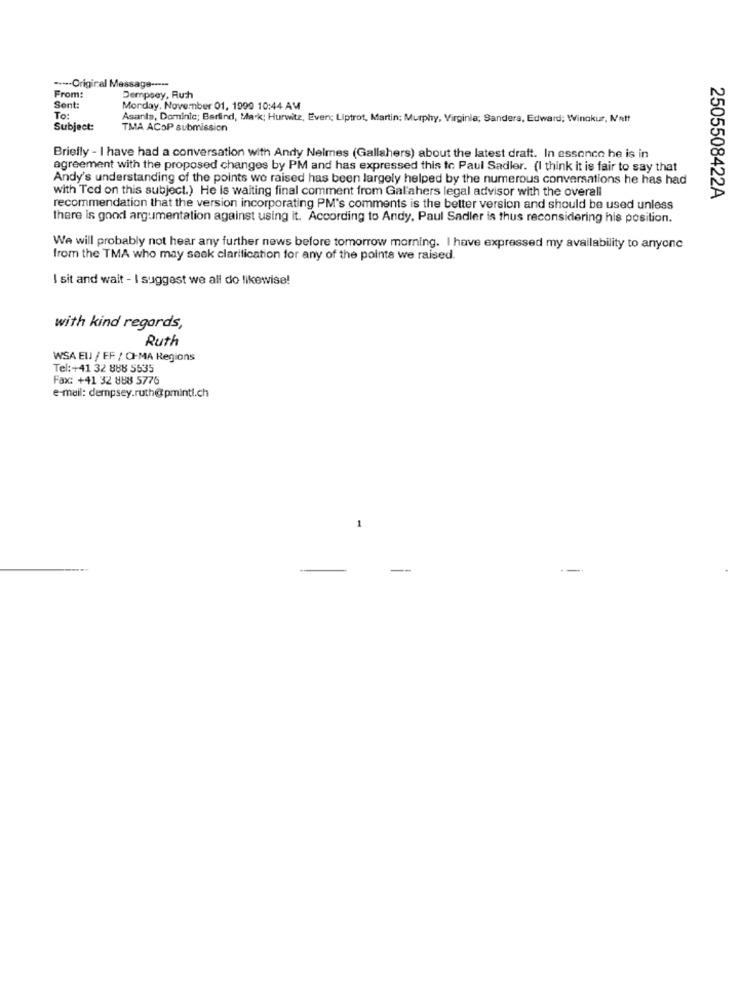
---- Original Message -----
From:
Dempsey, Ruth
Sent:
Monday, November 01, 1999 10:44 AM
To:
Asanta, Dominic; Berlind, Mak; Hurwitz, Even; Liptrot, Martin; Murphy, Virginia; Sanders, Edward; Winokur, Matt
Subject:
TMA ACOP submission
Briefly - I have had a conversation with Andy Nelmes (Gallahers) about the latest draft. In essonco he is in
agreement with the proposed changes by PM and has expressed this to Paul Sadler. (I think it is fair to say that
Andy's understanding of the points wo raised has been largely helped by the numerous conversations he has had
with Ted on this subject.) He is waiting final comment from Galahers legal advisor with the overall
2505508422A
recommendation that the version incorporating PM's comments is the better version and should be used unless
there is good argumentation against using it. According to Andy, Paul Sadler is thus reconsidering his position.
We will probably not hear any further news before tomorrow morning. I have expressed my availability to anyone
from the TMA who may seek clarification for any of the points we raised.
I sit and wait - I suggest we all do likewise!
with kind regards,
Ruth
WSA EU / EF / CI-MA Regions
Tel:+41 32 888 5535
Fax: +41 32 888 5776
e-mail: dempsey.ruth@pminti.ch
-